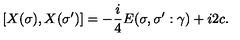
[ X ( \sigma ) , X ( \sigma ^ { \prime } ) ] = - \frac { i } { 4 } E ( \sigma , \sigma ^ { \prime } : \gamma ) + i 2 c .